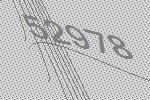
52978